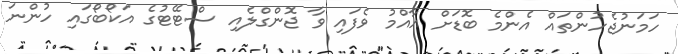
ހަމަނުޖެހުންތައް އެންމެ ބޮޑަށް އާއްމު ވެފައި ވާ ޖޮންގްލެއި ސްޓޭޓުގެ އަކޯބޯގައި ހުންނަ